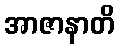
အာဇာနာတိ